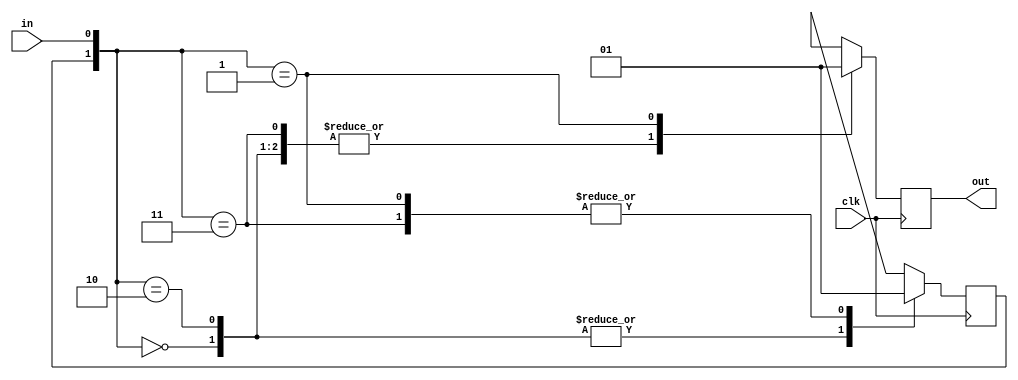
`timescale 1ns / 1ps
//////////////////////////////////////////////////////////////////////////////////
// Company: 
// Engineer: 
// 
// Design Name: 
// Module Name: singlePulser
// Project Name: 
// Target Devices: 
// Tool Versions: 
// Description: 
// 
// Dependencies: 
// 
// Revision:
// Revision 0.01 - File Created
// Additional Comments:
// 
//////////////////////////////////////////////////////////////////////////////////


module singlePulser(
    output reg out,
    input wire in,
    input wire clk
    );

reg state;

initial state = 0;

always @(posedge clk)
begin
    out=0;
case ({state,in})
    2'b00: state = 0;
    2'b10: state = 0;
    2'b11: state = 1;
    2'b01:
    begin
        state=1;
        out=1;
    end
endcase
end
endmodule